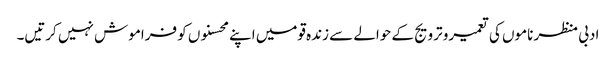
ادبی منظر ناموں کی تعمیرو ترویج کے حوالے سے زندہ قومیں اپنے محسنوں کو فراموش نہیں کرتیں۔